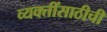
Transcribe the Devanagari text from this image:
व्यक्तींसाठीची